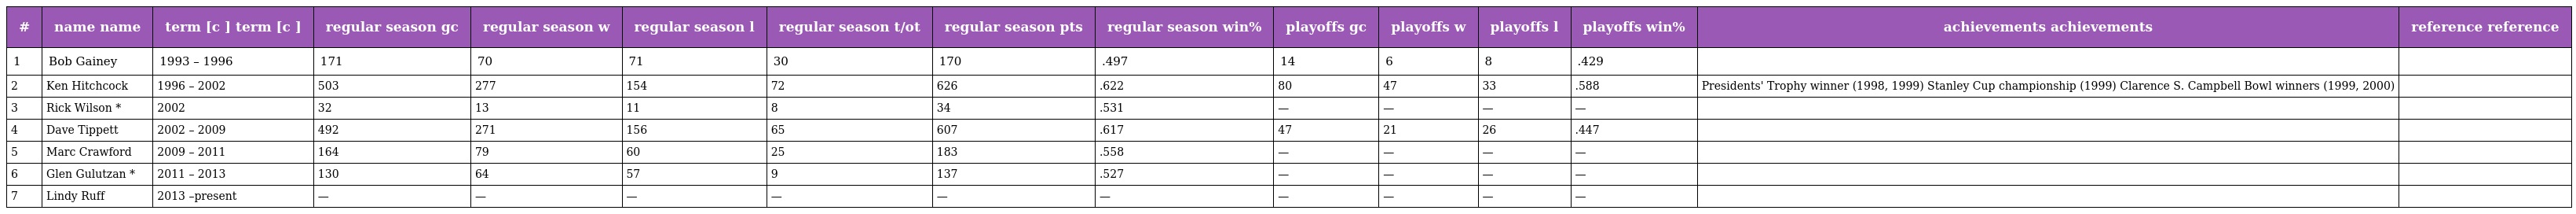
| # | name name | term [c ] term [c ] | regular season gc | regular season w | regular season l | regular season t/ot | regular season pts | regular season win% | playoffs gc | playoffs w | playoffs l | playoffs win% | achievements achievements | reference reference |
 | --- | --- | --- | --- | --- | --- | --- | --- | --- | --- | --- | --- | --- | --- | --- |
 | 1 | Bob Gainey | 1993 – 1996 | 171 | 70 | 71 | 30 | 170 | .497 | 14 | 6 | 8 | .429 |  |  |
 | 2 | Ken Hitchcock | 1996 – 2002 | 503 | 277 | 154 | 72 | 626 | .622 | 80 | 47 | 33 | .588 | Presidents' Trophy winner (1998, 1999) Stanley Cup championship (1999) Clarence S. Campbell Bowl winners (1999, 2000) |  |
 | 3 | Rick Wilson * | 2002 | 32 | 13 | 11 | 8 | 34 | .531 | — | — | — | — |  |  |
 | 4 | Dave Tippett | 2002 – 2009 | 492 | 271 | 156 | 65 | 607 | .617 | 47 | 21 | 26 | .447 |  |  |
 | 5 | Marc Crawford | 2009 – 2011 | 164 | 79 | 60 | 25 | 183 | .558 | — | — | — | — |  |  |
 | 6 | Glen Gulutzan * | 2011 – 2013 | 130 | 64 | 57 | 9 | 137 | .527 | — | — | — | — |  |  |
 | 7 | Lindy Ruff | 2013 –present | — | — | — | — | — | — | — | — | — | — |  |  |